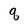
Character: q